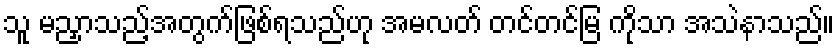
သူ မညှာသည့်အတွက်ဖြစ်ရသည်ဟု အမလတ် တင်တင်မြ ကိုသာ အသဲနာသည်။